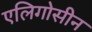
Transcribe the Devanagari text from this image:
एलिगोसीन